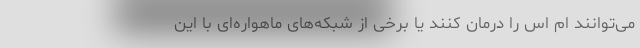
می‌توانند ام اس را درمان کنند یا برخی از شبکه‌های ماهواره‌ای با این